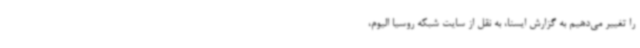
را تغییر می‌دهیم به گزارش ایسنا، به نقل از سایت شبکه روسیا الیوم،